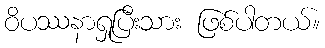
ဝိပဿနာရှုပြီးသား ဖြစ်ပါတယ်။